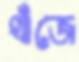
খাঁজে